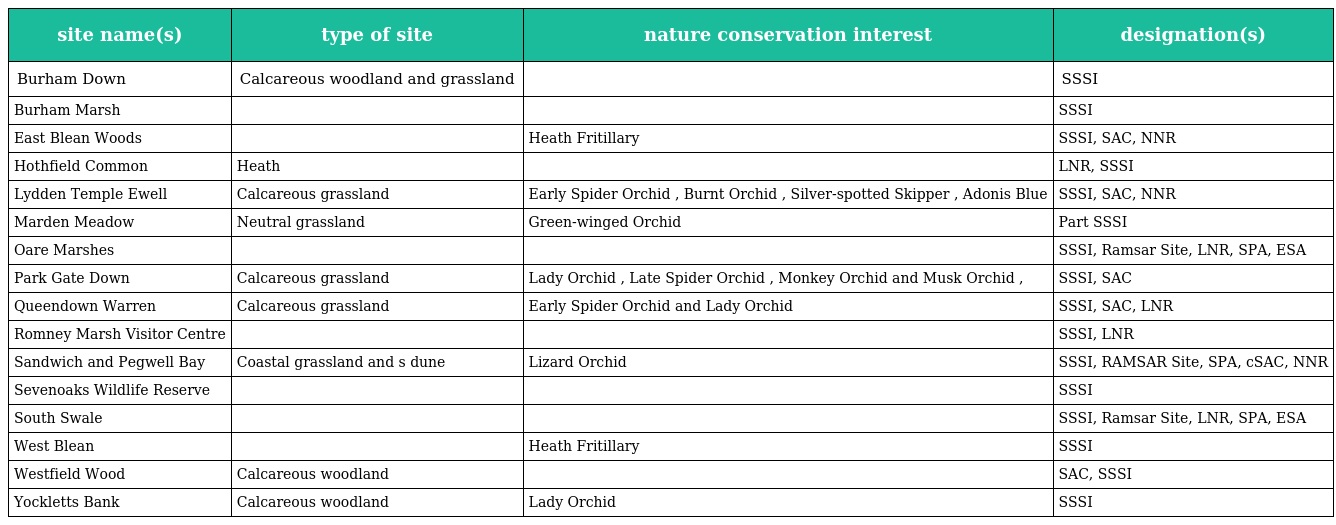
| site name(s) | type of site | nature conservation interest | designation(s) |
 | --- | --- | --- | --- |
 | Burham Down | Calcareous woodland and grassland |  | SSSI |
 | Burham Marsh |  |  | SSSI |
 | East Blean Woods |  | Heath Fritillary | SSSI, SAC, NNR |
 | Hothfield Common | Heath |  | LNR, SSSI |
 | Lydden Temple Ewell | Calcareous grassland | Early Spider Orchid , Burnt Orchid , Silver-spotted Skipper , Adonis Blue | SSSI, SAC, NNR |
 | Marden Meadow | Neutral grassland | Green-winged Orchid | Part SSSI |
 | Oare Marshes |  |  | SSSI, Ramsar Site, LNR, SPA, ESA |
 | Park Gate Down | Calcareous grassland | Lady Orchid , Late Spider Orchid , Monkey Orchid and Musk Orchid , | SSSI, SAC |
 | Queendown Warren | Calcareous grassland | Early Spider Orchid and Lady Orchid | SSSI, SAC, LNR |
 | Romney Marsh Visitor Centre |  |  | SSSI, LNR |
 | Sandwich and Pegwell Bay | Coastal grassland and s dune | Lizard Orchid | SSSI, RAMSAR Site, SPA, cSAC, NNR |
 | Sevenoaks Wildlife Reserve |  |  | SSSI |
 | South Swale |  |  | SSSI, Ramsar Site, LNR, SPA, ESA |
 | West Blean |  | Heath Fritillary | SSSI |
 | Westfield Wood | Calcareous woodland |  | SAC, SSSI |
 | Yockletts Bank | Calcareous woodland | Lady Orchid | SSSI |